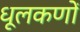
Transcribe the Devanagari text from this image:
धूलकणों